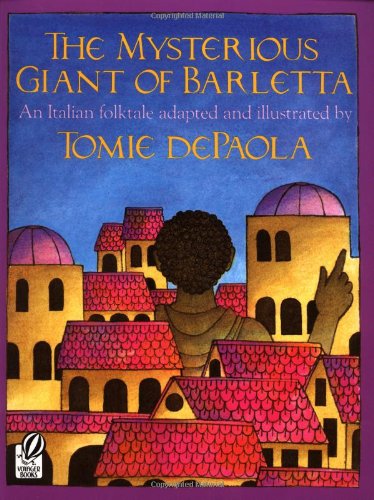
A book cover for The Mysterious Giant of Barletta; Tomie dePaola; Children's Books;